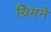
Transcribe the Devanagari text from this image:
ग्रिमने